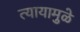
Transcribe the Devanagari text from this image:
त्यायामुळे